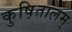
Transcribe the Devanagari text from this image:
कुष़ितालम्